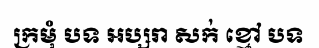
ក្រមុំ បទ អប្សរា សក់ ខ្មៅ បទ